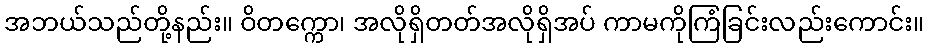
အဘယ်သည်တို့နည်း။ ဝိတက္ကော၊ အလိုရှိတတ်အလိုရှိအပ် ကာမကိုကြံခြင်းလည်းကောင်း။